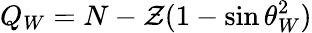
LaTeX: Q_{W}=N-\mathcal{Z}(1-\sin\theta_{W}^{2})